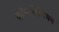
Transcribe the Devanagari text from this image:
कॉन्सर्वेटोरियम